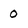
Character: 0